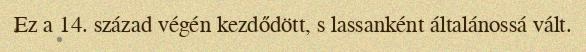
Ez a 14. század végén kezdődött, s lassanként általánossá vált.